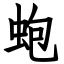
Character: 蚫